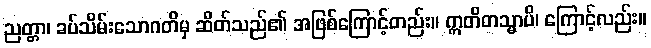
ညတ္တာ၊ ခပ်သိမ်းသောဂတိမှ ဆိတ်သည်၏ အဖြစ်ကြောင့်တည်း။ ဣတိတသ္မာပိ၊ ကြောင့်လည်း။